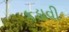
કડાવી